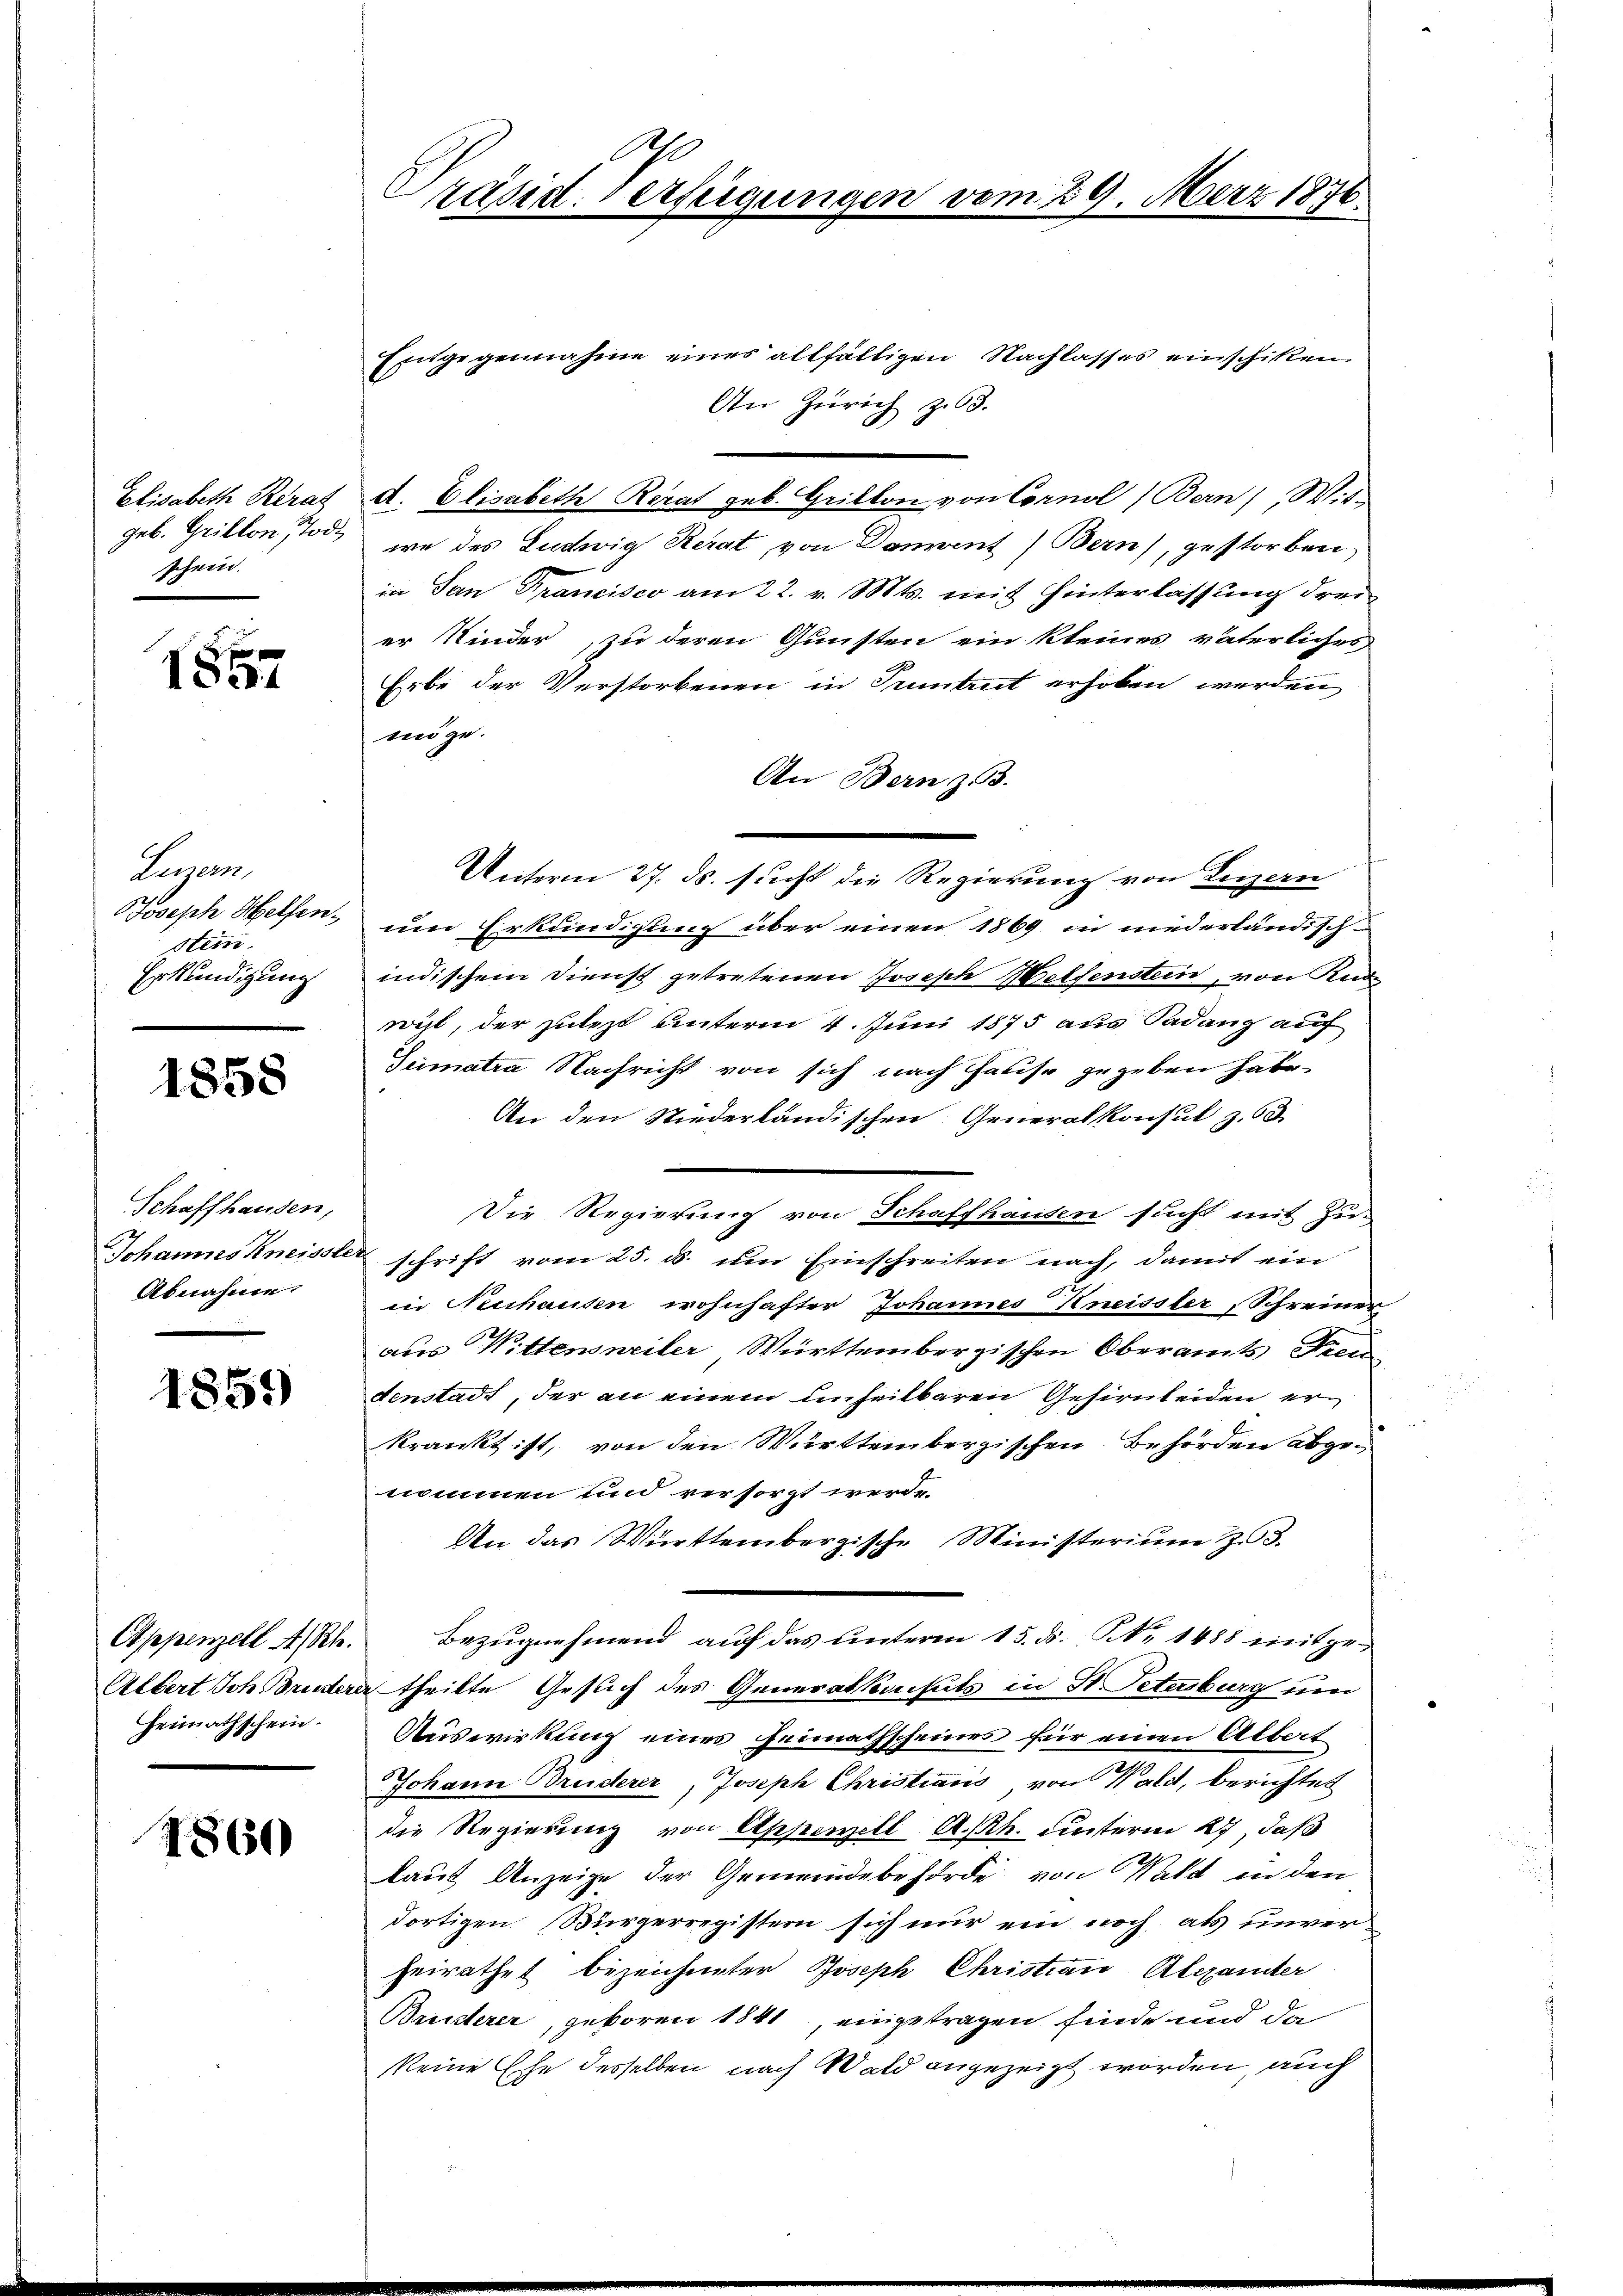
Elisabeth Berat
geb. Grillon Tode
schein.

e
14

Legen
Joseph Helfen.
stein.
Erkundigung

1858

Schaffhausen,
Abnahme.

1859

Appenzell A/Rh.
Heimathschein.

1860

Präsid. Verfügungen

vom 29. März 1876.

Entgegennahme eines allfälligen Nachlasses einschiken
An Zürich z63.
d. Elisabeth Rerat geb. Grillon von Cornil (Bern) Wis-
we des Ludwig Berat von Dament) Bern), gestorben
in San Francisco am 22. v. Mts. mit Hinterlassung drei
er Kinder, zu deren Gunsten ein kleines väterliches
Erbe der Verstorbenen in Tumtrt erhoben werden
möge.
An Bern z 13.
Unterm 27. ds. sucht die Regierung von Luzern
um Erkundigung über einen 1869 in niederländisch-
indischem Dienst getretenen Joseph Helfenstein, von Rud
rist, der gutest unterm 4. Juni 1875 aus Sadanz auf
Sumatra Nachricht von sich nach Hause gegeben habe.
An den Niederländischen Generalkonsul z. 63
Die Regierung von Schaffhausen sucht mit Zu-
Johannes Kneisste schrift vom 25. ds. um Einschreiten nach, damit ein
in Neuchausen wohnhafter Johannes Kneisster, Schreiner
aus Wittenweiler Württembergischen Oberamts Preu
denstadt, der an einem unheilbaren Gehirnleiden er
krankt ist, von den Württembergischen Behörden abgenommen und versorgt werde.
An das Württembergische Ministerium Z. 3.
Bezugnehmend auf das unterm 15. ds. Nr. 1488 mitge¬
Albert Ich Bruder theilte Gesuch des Generalkachts in St. Peturburg und
Auswirkung eines Heimathscheines für einen Albert
Johann Bruderer, Joseph Christians, von Wald, berichtet
die Regierung von Appenzell A.Rh. unterm 27, daß
laut Anzeige der Gemeindebehörde von Wald in den
dortigen Bürgerregistern sich nur ein noch als unverheirathes bezeichneter Joseph Christian Alexander
Bruderer, geboren 1841, eingetragen finde und da
keine Ehe desselben nach Wald angezeigt worden, auch